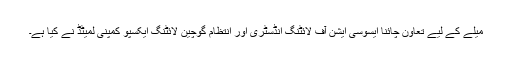
میلے کے لیے تعاون چائنا ایسوسی ایشن آف لائٹنگ انڈسٹری اور انتظام گوچین لائٹنگ ایکسپو کمپنی لمیٹڈ نے کیا ہے۔